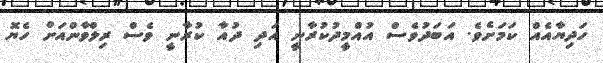
ހަދިޔާއެއް ކަމަށެވެ. އަބަދުވެސް އުއްމީދުކުރާނީ އަދި ދުއާ ކުރާނީ ވެސް ރިލްވާންއަށް ހެޔޮ